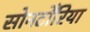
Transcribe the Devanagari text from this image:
सोनटोँरिया